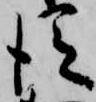
従